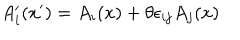
A _ { i } ^ { \prime } ( x ^ { \prime } ) = A _ { i } ( x ) + \theta \epsilon _ { i j } A _ { j } ( x )